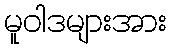
မူဝါဒများအား